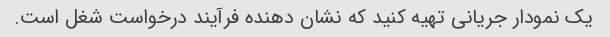
یک نمودار جریانی تهیه کنید که نشان دهنده فرآیند درخواست شغل است.